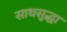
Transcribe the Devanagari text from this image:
साथसुद्धा